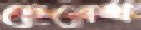
হেরেথ